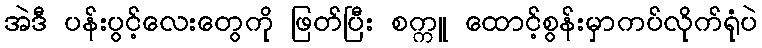
အဲဒီ ပန်းပွင့်လေးတွေကို ဖြတ်ပြီး စက္ကူ ထောင့်စွန်းမှာကပ်လိုက်ရုံပဲ